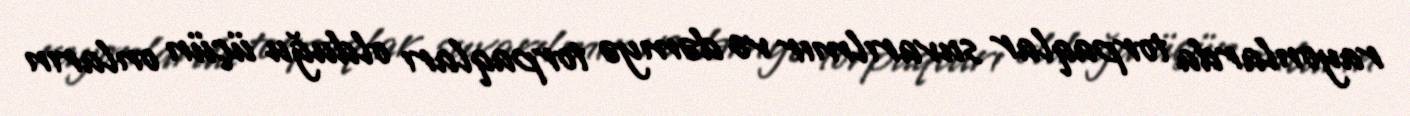
rayonlarda torpaqlar suvarılmır və dəmyə torpaqları olduğu üçün onların